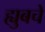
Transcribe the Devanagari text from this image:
ह्युबचे